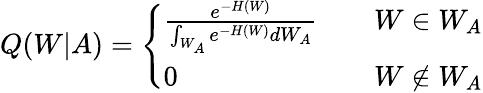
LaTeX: Q(W|A)=\left\{ \begin{array}{ll}{\frac{e^{-H(W)}}{\int_{W_{A}}e^{-H(W)}dW_{A}}\quad}&{W\in W_{A}}\\ {0}&{W\notin W_{A}}\end{array}\right.